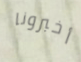
أخبرونا